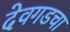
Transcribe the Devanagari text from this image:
देवगडचा